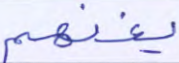
يغنهم